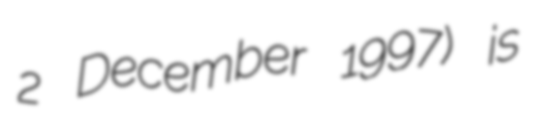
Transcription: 2 December 1997) is